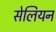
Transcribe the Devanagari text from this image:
सेलियन